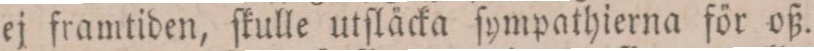
ej framtiden, ſkulle utſläcka ſympathierna för oß.